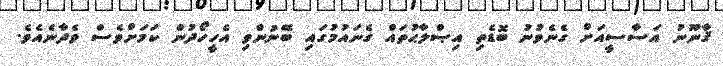
ޤާނޫނު އަސާސީއަށް ގެނެވުނު ބޮޑެތި އިޞްލާޙުތައް ގެނައުމުގައި ބޭނުންވި އެހީހޯދުން ކަމަށްވެސް ވެދާނެއެވެ.